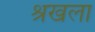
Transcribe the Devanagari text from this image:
श्रखला